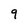
Character: 9